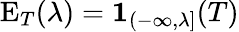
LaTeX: \operatorname{E}_{T}(\lambda)=\mathbf{1}_{(-\infty,\lambda]}(T)